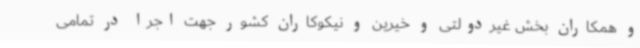
و همکاران بخش غیردولتی و خیرین و نیکوکاران کشور جهت اجرا در تمامی